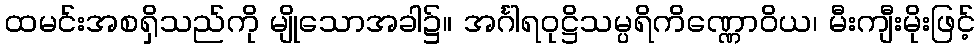
ထမင်းအစရှိသည်ကို မျိုသောအခါ၌။ အင်္ဂါရဝုဋ္ဌိသမ္ပရိကိဏ္ဏောဝိယ၊ မီးကျီးမိုးဖြင့်